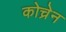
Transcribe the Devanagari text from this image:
कोच्रेन